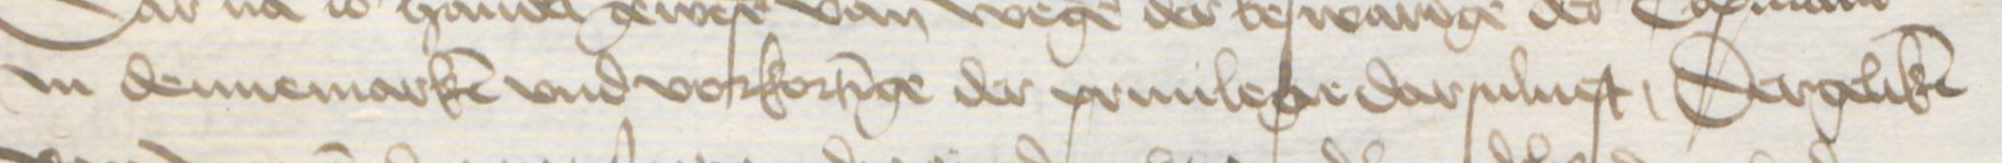
Transcription: Jn dennemarken vnd vorkortinge der priuilege darsuluest, Dergeliken